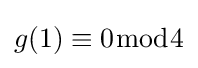
g(1)\equiv 0{\bmod {4}}